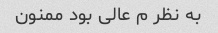
به نظر م عالی بود ممنون